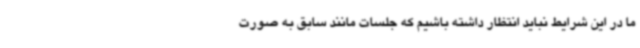
ما در این شرایط نباید انتظار داشته باشیم که جلسات مانند سابق به صورت